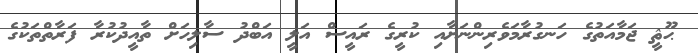
ޙޫޘީ ޖަމާއަތުގެ ހަނގުރާމަވެރިންނަށާއި ކުރީގެ ރައީސް އަލީ އަބްދު ސާލިހަށް ތާއީދުކުރާ ފަރާތްތަކުގެ